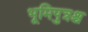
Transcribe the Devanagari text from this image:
भूमिपुत्रश्च